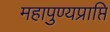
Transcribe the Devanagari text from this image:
महापुण्यप्राप्ति